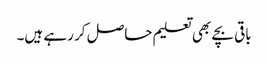
باقی بچے بھی تعلیم حاصل کر رہے ہیں۔